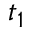
t _ { 1 }